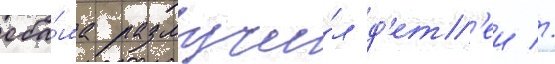
оба́ма разлучи́л д'ет'еи //